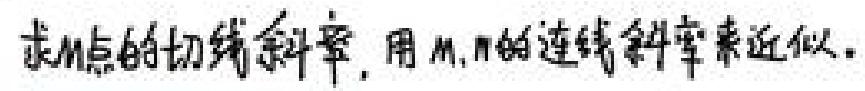
求M点的切线斜率, 用M, N的连线斜率来近似.